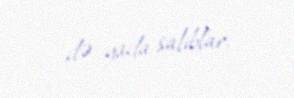
də yada salıblar.